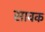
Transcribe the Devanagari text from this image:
सावक